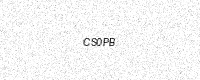
Text: CS0PB